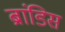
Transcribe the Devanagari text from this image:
ब्रांडिस